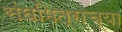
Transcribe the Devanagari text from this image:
संघमित्राच्या